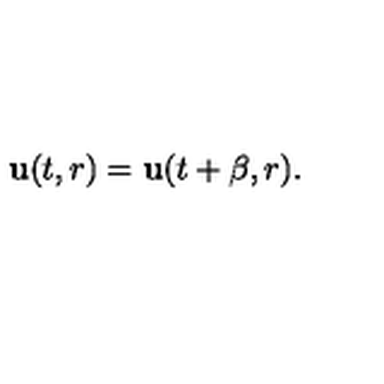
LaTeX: { \bf u } ( t , r ) = { \bf u } ( t + \beta , r ) .